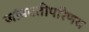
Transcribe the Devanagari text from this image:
जांबवतीपरिणय